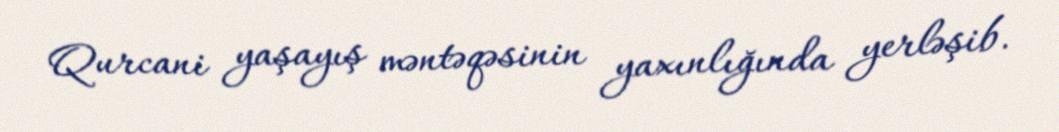
Qurcani yaşayış məntəqəsinin yaxınlığında yerləşib.